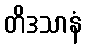
တိဒသာနံ